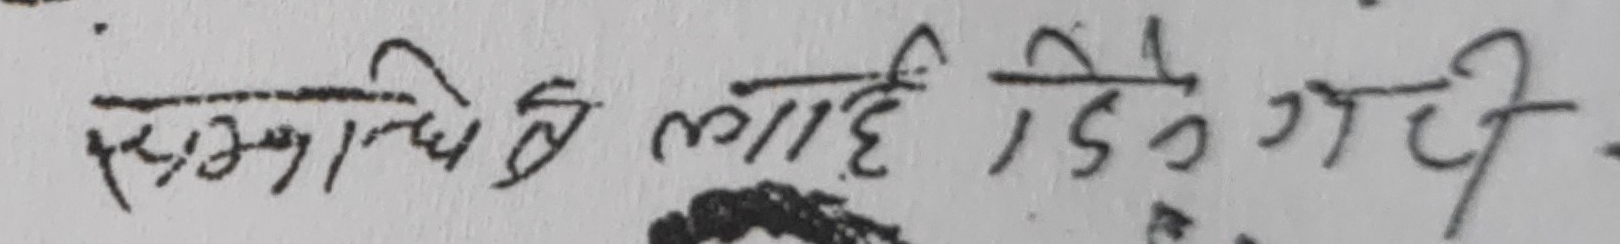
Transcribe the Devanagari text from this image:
सम्बन्धि यो लाही दिईने गरी